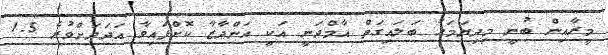
މީރާއިން ބުނީ މިދިޔަމަހު ބަލައިގަތް އާމްދަނީ އަކީ އަންދާޒާ ކޮށްފައިވާ އަދަދަށްވުރެ 1.5